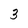
Character: 3